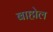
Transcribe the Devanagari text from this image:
बाहोल